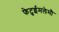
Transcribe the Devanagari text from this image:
फेटुईमलेमौ